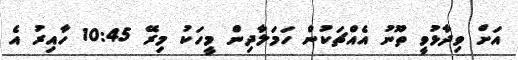
އަށް ވިދާޅުވީ ތޫނު އެއްޗަކުން ހަމަލާދިން މީހަކު މިރޭ 10:45 ހާއިރު އެ